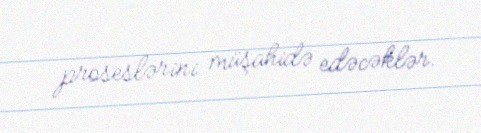
proseslərini müşahidə edəcəklər.